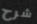
شرح